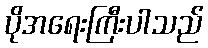
ပိုအရေးကြီးပါသည်